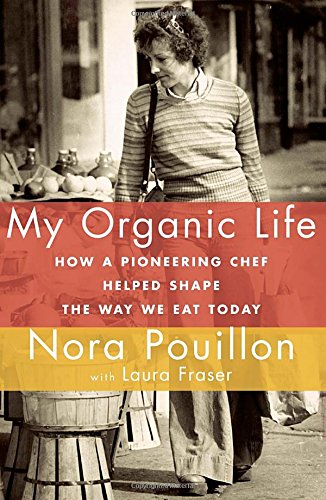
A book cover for My Organic Life: How a Pioneering Chef Helped Shape the Way We Eat Today; Nora Pouillon; Cookbooks, Food & Wine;